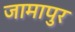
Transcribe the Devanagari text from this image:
जामापुर